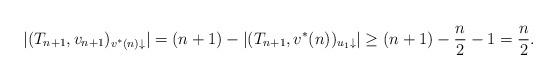
LaTeX: \begin{align*}|(T_{n+1}, v_{n+1})_{v^*(n)\downarrow}| = (n+1) - |(T_{n+1}, v^*(n))_{u_1 \downarrow}| \geq (n+1) - \frac{n}{2} - 1 = \frac{n}{2}.\end{align*}